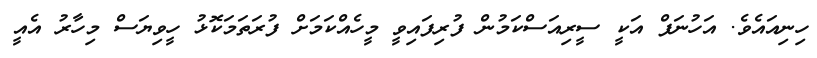
ހިނިއައެވެ. އަހުނަފް އަކީ ސީރިއަސްކަމުން ފުރިފައިވީ މީހެއްކަމަށް ފުރަތަމަކޮޅު ހީވިޔަސް މިހާރު އެއީ